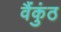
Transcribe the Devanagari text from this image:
वैंकुंठ